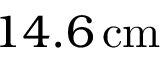
1 4 . 6 \, \mathrm { c m }